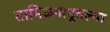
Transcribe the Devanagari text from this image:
तामिळनाडूतल्या